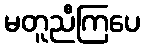
မတူညီကြပေ